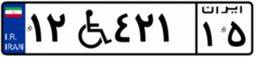
۱۲W۴۲۱۱۵